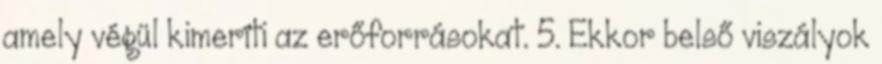
amely végül kimeríti az erőforrásokat. 5. Ekkor belső viszályok